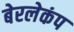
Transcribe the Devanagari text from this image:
बेरलेकंप